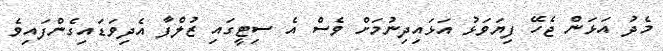
މެދު އަޅަން ޖެހޭ ފިޔަވަޅު އަޅައިދިނުމަށް ވެސް އެ ސިޓީގައި ޒުލްފާ އެދިވަޑައިގެންފައިވެ